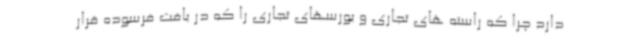
دارد چرا که راسته های تجاری و بورسهای تجاری را که در بافت فرسوده قرار